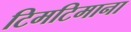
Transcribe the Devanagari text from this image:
टिमटिमाना